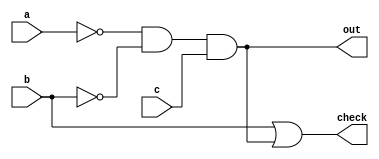
module NormaliseANDBlock (a, b, c, out, check);

input a, b, c;
output out, check;

assign out = !a & !b & c;
assign check = b | out;

endmodule